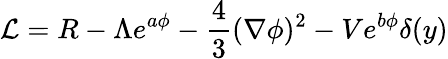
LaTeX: {\cal L}=R-\Lambda e^{a\phi}-\frac{4}{3}(\nabla\phi)^{2}-Ve^{b\phi}\delta(y)